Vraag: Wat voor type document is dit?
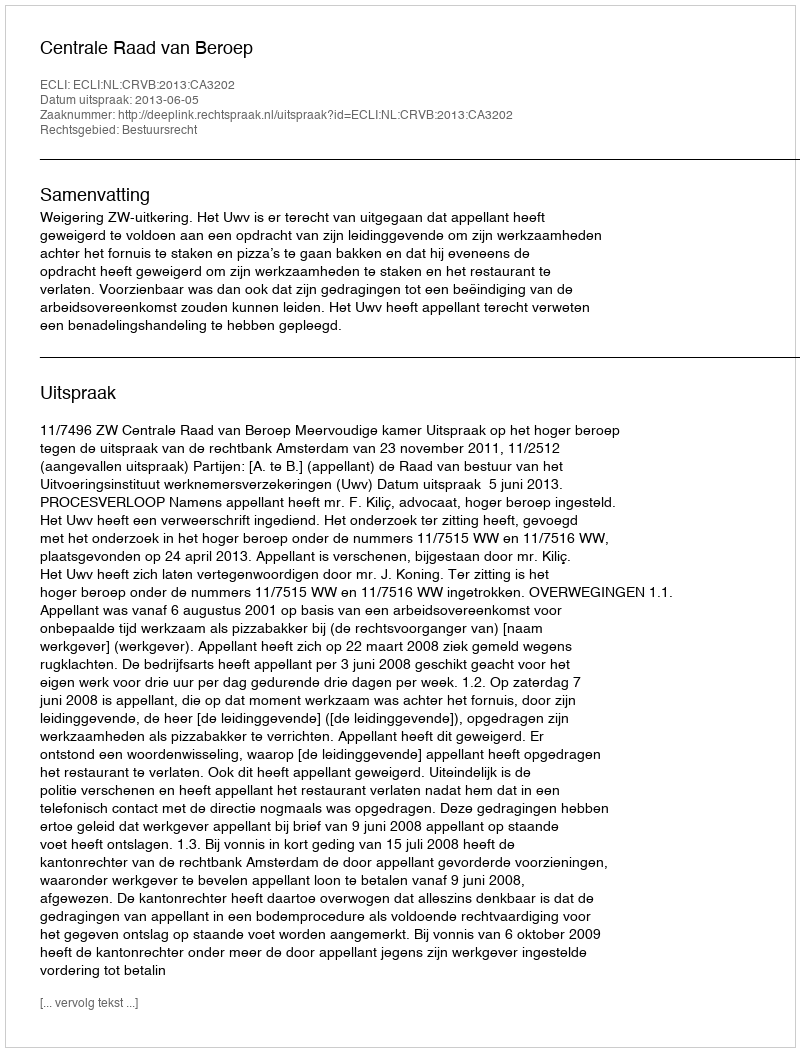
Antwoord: Uitspraak